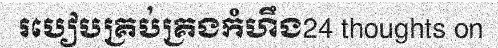
របៀបគ្រប់គ្រងកំហឹង24 thoughts on